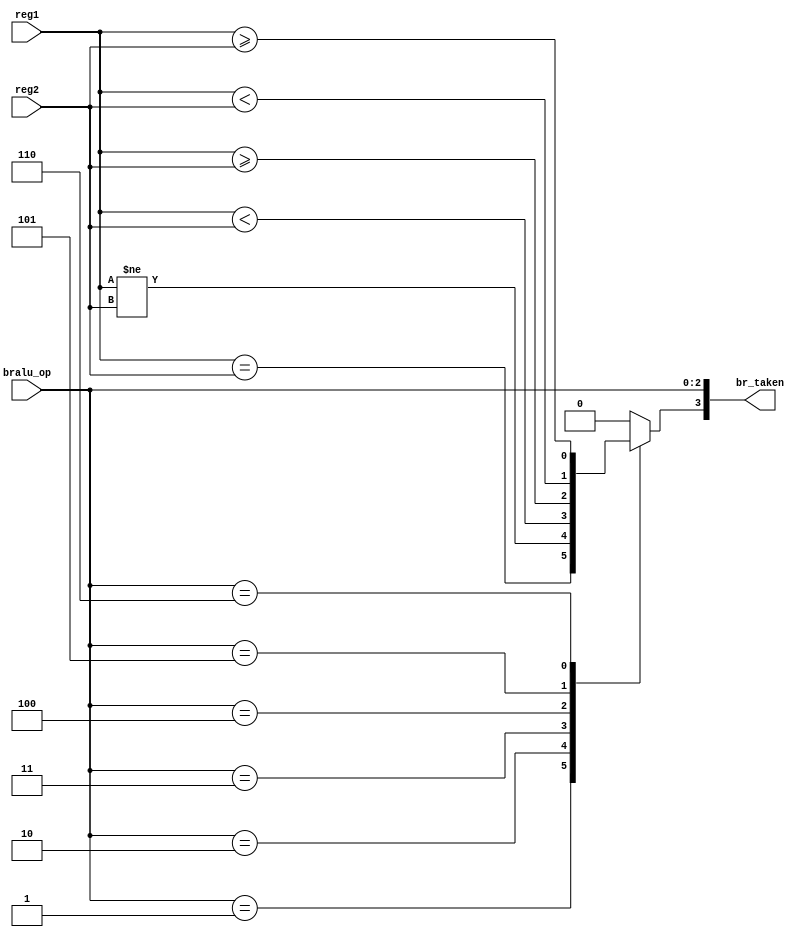
`timescale 1ns/1ps

module Branch(
    input [2:0] bralu_op,
    input [63:0] reg1,
    input [63:0] reg2,
    
    output reg [3:0]br_taken
);
    parameter EQ = 3'b001,
              NE = 3'b010,
              LT = 3'b011,
              GE = 3'b100,
              LTU = 3'b101,
              GEU = 3'b110;
    always @(*) begin
        br_taken[2:0] = bralu_op[2:0];
        case(bralu_op)
            EQ: br_taken[3] = (reg1 == reg2);
            NE: br_taken[3] = (reg1 != reg2);
            LT: br_taken[3] = ($signed(reg1) < $signed(reg2));
            GE: br_taken[3] = ($signed(reg1) >= $signed(reg2));
            LTU:br_taken[3] = (reg1 < reg2);
            GEU:br_taken[3] = (reg1 >= reg2);
            default: br_taken[3] = 0;
        endcase
    end
endmodule